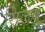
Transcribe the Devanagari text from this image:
सिलंबु